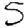
Digit: 5